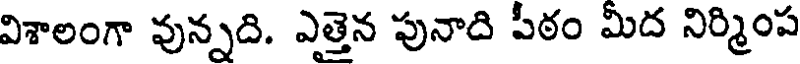
విశాలంగా వున్నది. ఎత్తెన పునాది పీఠం మీద నిర్మింప